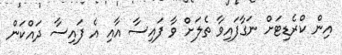
އިން ކްރެޑިޓަށް ނަގާފައިވާ ތެލަށް ވާ ފައިސާ އާއި އެ ފައިސާ ދައްކަން